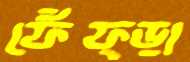
ফেঁফ্ড়া